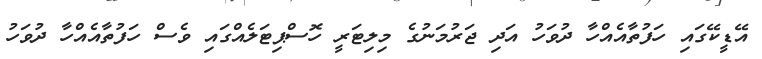
އޭޑީކޭގައި ހަފުތާއެއްހާ ދުވަހު އަދި ޖަރުމަނުގެ މިލިޓަރީ ހޮސްޕިޓަލެއްގައި ވެސް ހަފުތާއެއްހާ ދުވަހު